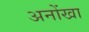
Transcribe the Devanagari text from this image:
अनोंखा